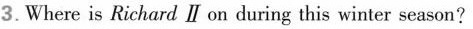
3.Where is Richard ill on during this winter season?